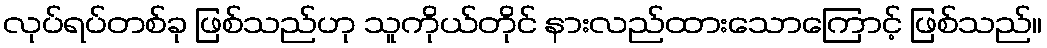
လုပ်ရပ်တစ်ခု ဖြစ်သည်ဟု သူကိုယ်တိုင် နားလည်ထားသောကြောင့် ဖြစ်သည်။